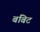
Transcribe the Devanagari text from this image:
बबिट